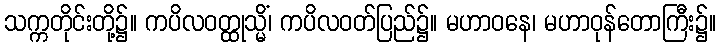
သက္ကတိုင်းတို့၌။ ကပိလဝတ္ထုသ္မိံ၊ ကပိလဝတ်ပြည်၌။ မဟာဝနေ၊ မဟာဝုန်တောကြီး၌။